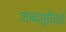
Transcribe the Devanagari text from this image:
शब्दसूचिय़ाँ